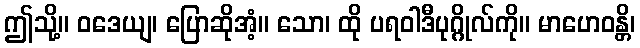
ဤသို့။ ဝဒေယျ၊ ပြောဆိုအံ့။ သော၊ ထို ပရဝါဒီပုဂ္ဂိုလ်ကို။ မာဟေဝန္တိ၊